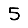
Digit: 5